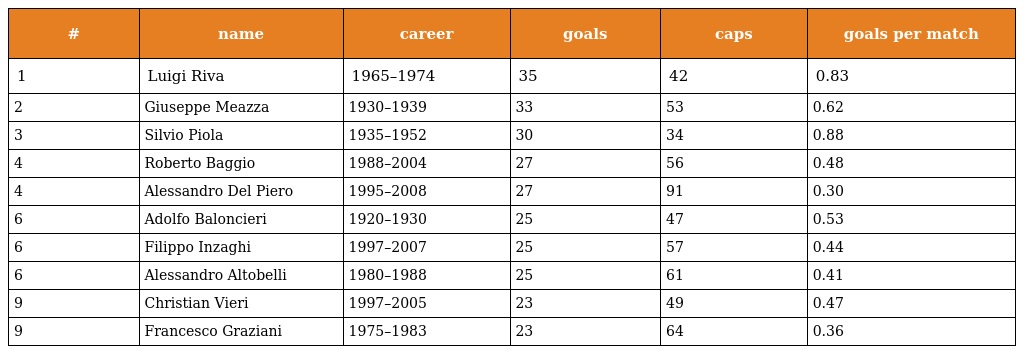
| # | name | career | goals | caps | goals per match |
 | --- | --- | --- | --- | --- | --- |
 | 1 | Luigi Riva | 1965–1974 | 35 | 42 | 0.83 |
 | 2 | Giuseppe Meazza | 1930–1939 | 33 | 53 | 0.62 |
 | 3 | Silvio Piola | 1935–1952 | 30 | 34 | 0.88 |
 | 4 | Roberto Baggio | 1988–2004 | 27 | 56 | 0.48 |
 | 4 | Alessandro Del Piero | 1995–2008 | 27 | 91 | 0.30 |
 | 6 | Adolfo Baloncieri | 1920–1930 | 25 | 47 | 0.53 |
 | 6 | Filippo Inzaghi | 1997–2007 | 25 | 57 | 0.44 |
 | 6 | Alessandro Altobelli | 1980–1988 | 25 | 61 | 0.41 |
 | 9 | Christian Vieri | 1997–2005 | 23 | 49 | 0.47 |
 | 9 | Francesco Graziani | 1975–1983 | 23 | 64 | 0.36 |